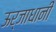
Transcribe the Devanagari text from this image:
ऊर्जाधानी